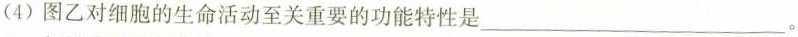
(4)图乙对细胞的生命活动至关重要的功能特性是___。